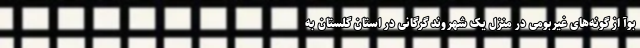
بوآ از گونه‌های غیربومی در منزل یک شهروند گرگانی در استان گلستان به